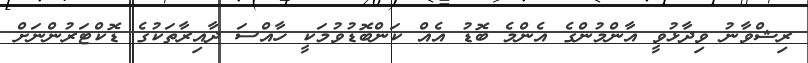
ރިޝްވާނު ވިދާޅުވީ އާންމުންގެ އެންމެ ބޮޑު އެއް ކަންބޮޑުވުމަކީ ހާއްސަ ދާއިރާތަކުގެ ޑޮކްޓަރުންނަށް